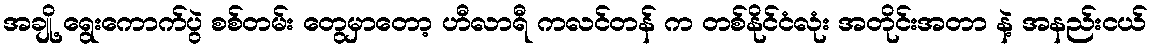
အချို့ ရွေးကောက်ပွဲ စစ်တမ်း တွေမှာတော့ ဟီလာရီ ကလင်တန် က တစ်နိုင်ငံလုံး အတိုင်းအတာ နဲ့ အနည်းငယ်